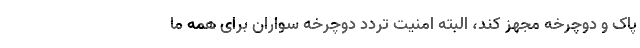
پاک و دوچرخه مجهز کند، البته امنیت تردد دوچرخه سواران برای همه ما